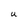
Character: U